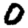
Digit: 0